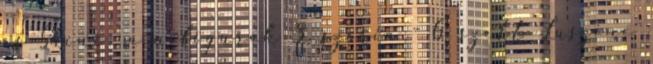
és Shine: minifigurák 3. széria - 6. szett Luszine